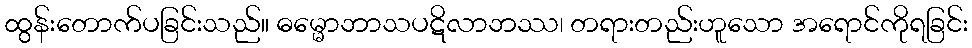
ထွန်းတောက်ပခြင်းသည်။ ဓမ္မောဘာသပဋိလာဘဿ၊ တရားတည်းဟူသော အရောင်ကိုရခြင်း